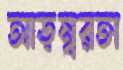
আড়ম্বরতা